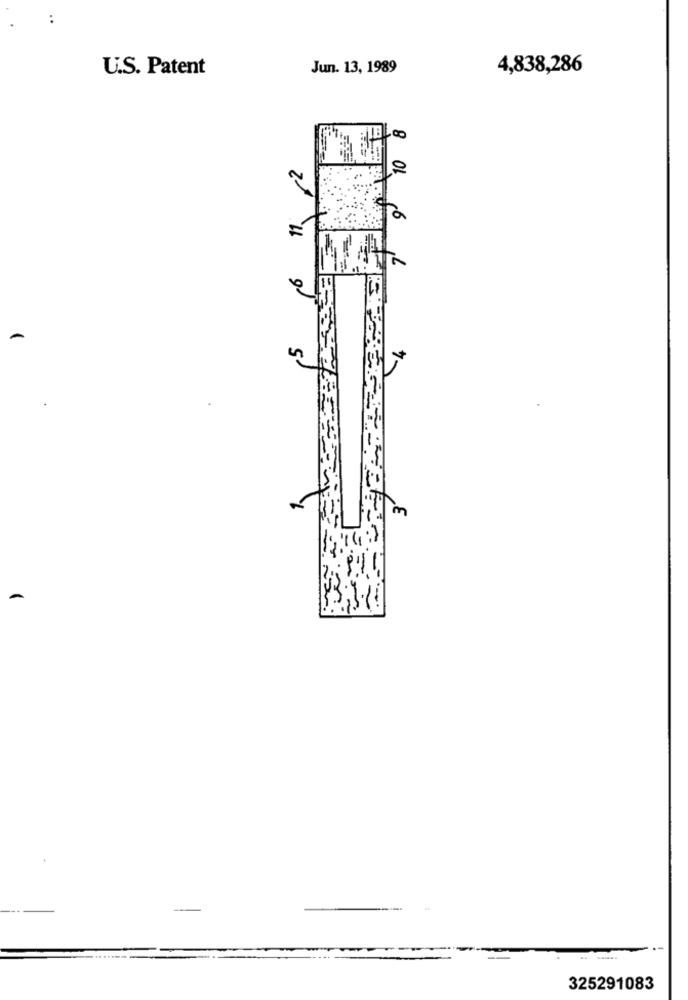
..
U.S. Patent
Jun. 13, 1989
4,838,286
7-
m
--
325291083